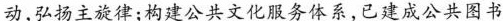
动，弘扬主旋律；构建公共文化服务体系，已建成公共图书